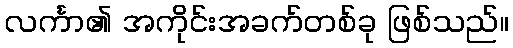
လင်္ကာ၏ အကိုင်းအခက်တစ်ခု ဖြစ်သည်။